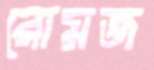
রোমজ